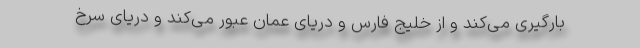
بارگیری می‌کند و از خلیج فارس و دریای عمان عبور می‌کند و دریای سرخ